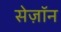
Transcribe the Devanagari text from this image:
सेज़ॉन